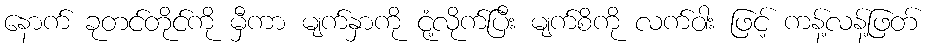
နောက် ခုတင်တိုင်ကို မှီကာ မျက်နှာကို ငုံ့လိုက်ပြီး မျက်စိကို လက်ဝါး ဖြင့် ကန့်လန့်ဖြတ်